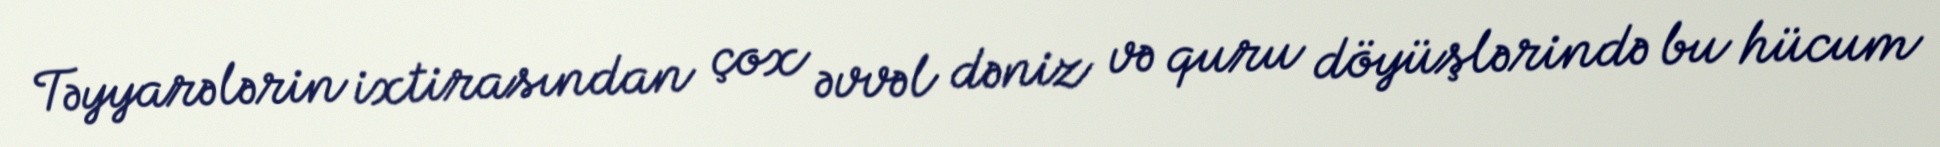
Təyyarələrin ixtirasından çox əvvəl dəniz və quru döyüşlərində bu hücum